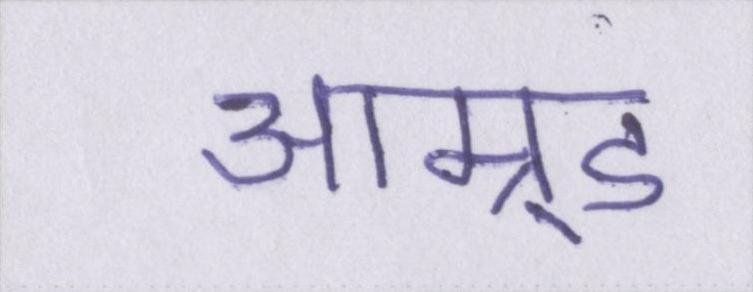
आम्र्ड